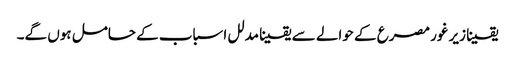
یقینا زیر غور مصرع کے حوالے سے یقینا مدلل اسباب کے حامل ہوں گے۔